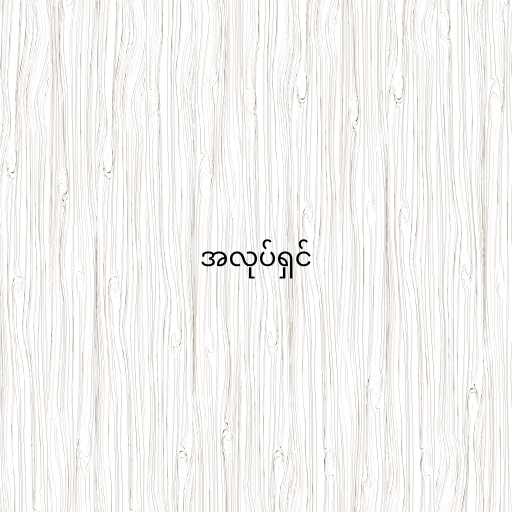
အလုပ်ရှင်